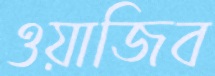
ওয়াজিব